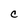
Character: C